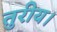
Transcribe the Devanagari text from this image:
तुरीय।